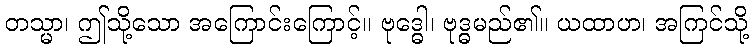
တသ္မာ၊ ဤသို့သော အကြောင်းကြောင့်။ ဗုဒ္ဓေါ၊ ဗုဒ္ဓမည်၏။ ယထာဟ၊ အကြင်သို့